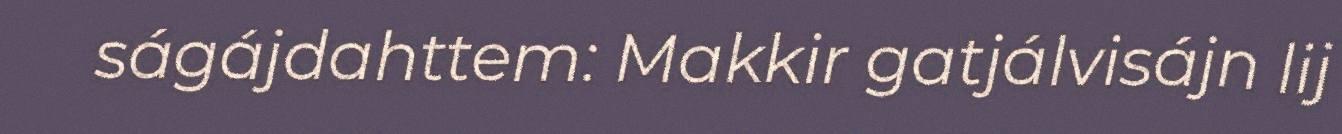
ságájdahttem: Makkir gatjálvisájn lij